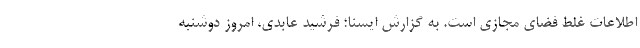
اطلاعات غلط فضای مجازی است. به گزارش ایسنا؛ فرشید عابدی، امروز دوشنبه